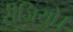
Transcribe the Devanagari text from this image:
रीजियो।